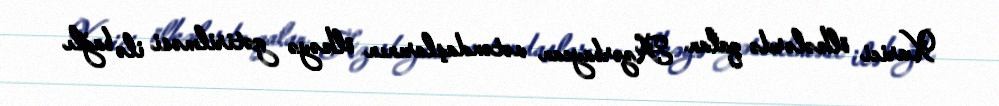
Xarici ölkələrdə qalan Azərbaycan vətəndaşlarının ölkəyə gətirilməsi ilə bağlı